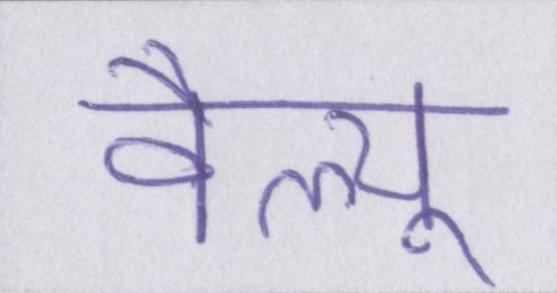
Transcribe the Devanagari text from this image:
वैल्यू